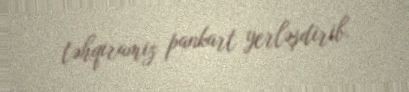
təhqiramiz pankart yerləşdirib.